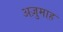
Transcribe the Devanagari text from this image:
अज़ुमाह